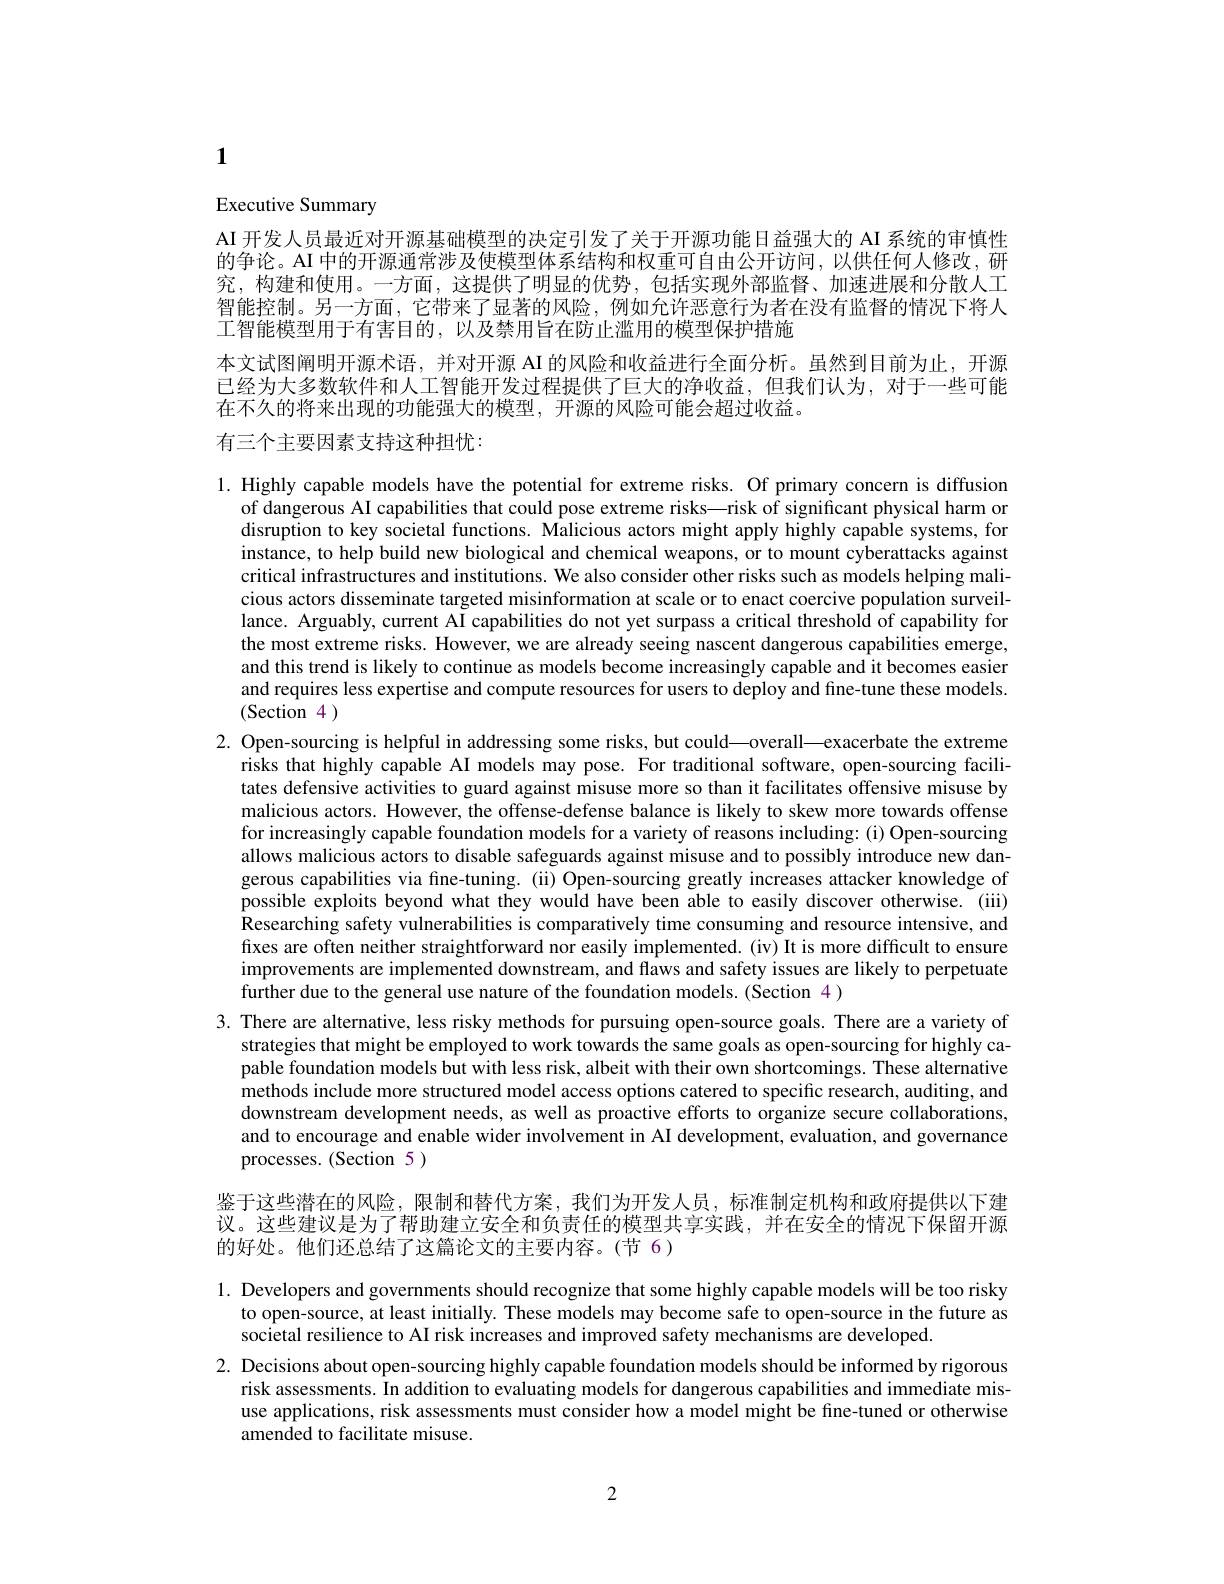
1

Executive Summary

AI 开发人员最近对开源基础模型的决定引发了关于开源功能日益强大的 AI 系统的审慎性的争论。AI 中的开源通常涉及使模型体系结构和权重可自由公开访问，以供任何人修改，研究，构建和使用。一方面，这提供了明显的优势，包括实现外部监督、加速进展和分散人工智能控制。另一方面，它带来了显著的风险，例如允许恶意行为者在没有监督的情况下将人工智能模型用于有害目的，以及禁用旨在防止滥用的模型保护措施

本文试图阐明开源术语，并对开源 AI 的风险和收益进行全面分析。虽然到目前为止，开源已经为大多数软件和人工智能开发过程提供了巨大的净收益，但我们认为，对于一些可能在不久的将来出现的功能强大的模型，开源的风险可能会超过收益。
有三个主要因素支持这种担忧：

1. Highly capable models have the potential for extreme risks. Of primary concern is diffusion
of dangerous AI capabilities that could pose extreme risks—risk of significant physical harm or disruption to key societal functions. Malicious actors might apply highly capable systems, for instance, to help build new biological and chemical weapons, or to mount cyberattacks against critical infrastructures and institutions. We also consider other risks such as models helping malicious actors disseminate targeted misinformation at scale or to enact coercive population surveillance. Arguably, current AI capabilities do not yet surpass a critical threshold of capability for the most extreme risks. However, we are already seeing nascent dangerous capabilities emerge, and this trend is likely to continue as models become increasingly capable and it becomes easier and requires less expertise and compute resources for users to deploy and fine-tune these models. (Section 4 )

2. Open-sourcing is helpful in addressing some risks, but could—overall—exacerbate the extreme
risks that highly capable AI models may pose. For traditional software, open-sourcing facilitates defensive activities to guard against misuse more so than it facilitates offensive misuse by malicious actors. However, the offense-defense balance is likely to skew more towards offense for increasingly capable foundation models for a variety of reasons including: (i) Open-sourcing allows malicious actors to disable safeguards against misuse and to possibly introduce new dangerous capabilities via fne-tuning. (ii) Open-sourcing greatly increases attacker knowledge of possible exploits beyond what they would have been able to easily discover otherwise. (iii) Researching safety vulnerabilities is comparatively time consuming and resource intensive, and fixes are often neither straightforward nor easily implemented. (iv) It is more difficult to ensure improvements are implemented downstream, and flaws and safety issues are likely to perpetuate further due to the general use nature of the foundation models. (Section 4)

3. There are alternative, less risky methods for pursuing open-source goals. There are a variety of
strategies that might be employed to work towards the same goals as open-sourcing for highly capable foundation models but with less risk, albeit with their own shortcomings. These alternative methods include more structured model access options catered to specific research, auditing, and downstream development needs, as well as proactive efforts to organize secure collaborations, and to encourage and enable wider involvement in AI development, evaluation, and governance processes.(Section 5)

鉴于这些潜在的风险，限制和替代方案，我们为开发人员，标准制定机构和政府提供以下建议。这些建议是为了帮助建立安全和负责任的模型共享实践，并在安全的情况下保留开源的好处。他们还总结了这篇论文的主要内容。(节 6)

1. Developers and governments should recognize that some highly capable models will be too risky
to open-source, at least initially. These models may become safe to open-source in the future as
societal resilience to AI risk increases and improved safety mechanisms are developed.
2. Decisions about open-sourcing highly capable foundation models should be informed by rigorous
risk assessments. In addition to evaluating models for dangerous capabilities and immediate misuse applications, risk assessments must consider how a model might be fine-tuned or otherwise amended to facilitate misuse.

2